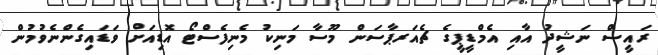
ރައީސް ނަޝީދު އާއި އެމްޑީޕީގެ ޗެއަރޕާސަން މޫސާ މަނިކު މެނިފެސްޓޯ އޮޑިއަށް ވަޑައިގެންނެވުމުން